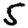
Digit: 5